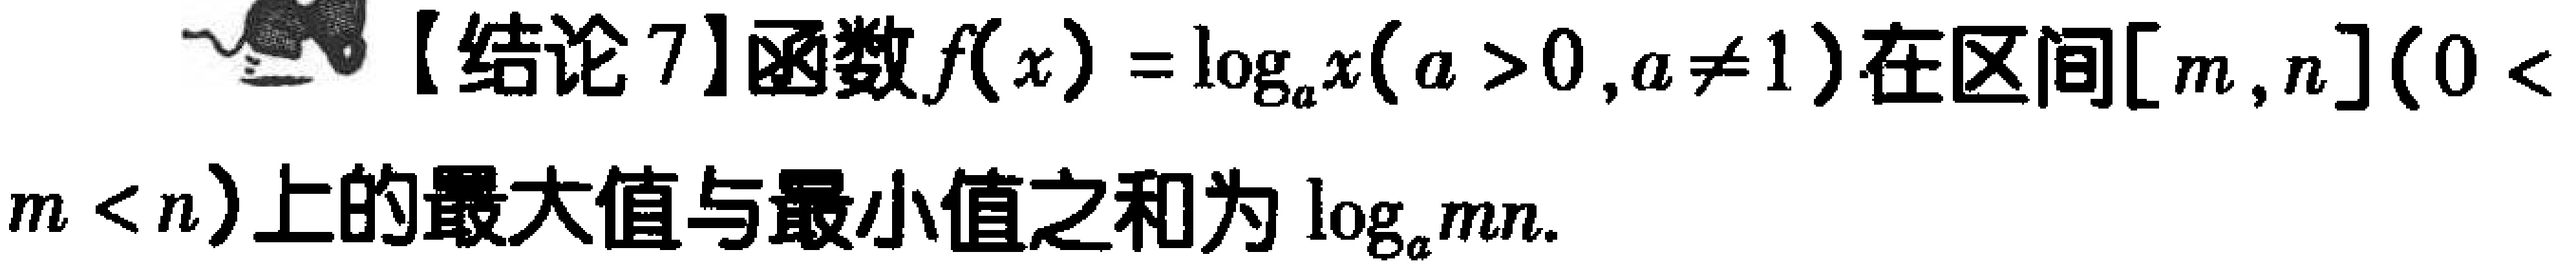
【结论7】函数\(f(x)=\log_{a}x(a > 0,a\neq1)\)在区间\([m,n](0 < m < n)\)上的最大值与最小值之和为\(\log_{a}mn\).